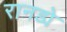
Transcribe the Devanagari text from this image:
रानड्ये